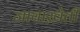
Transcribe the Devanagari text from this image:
जावाख़ेती